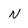
Character: N